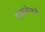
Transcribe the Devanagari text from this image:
दगडाशेजारी